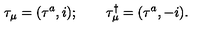
\tau _ { \mu } = ( \tau ^ { a } , i ) ; \qquad \tau _ { \mu } ^ { \dagger } = ( \tau ^ { a } , - i ) .